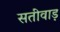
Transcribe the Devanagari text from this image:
सतीवाड़